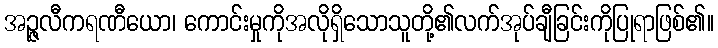
အဉ္ဇလီကရဏီယော၊ ကောင်းမှုကိုအလိုရှိသောသူတို့၏လက်အုပ်ချီခြင်းကိုပြုရာဖြစ်၏။